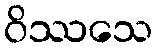
ဝိဿသေ